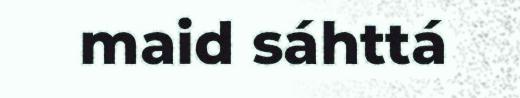
maid sáhttá